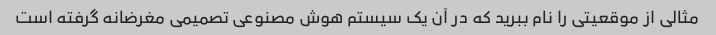
مثالی از موقعیتی را نام ببرید که در آن یک سیستم هوش مصنوعی تصمیمی مغرضانه گرفته است